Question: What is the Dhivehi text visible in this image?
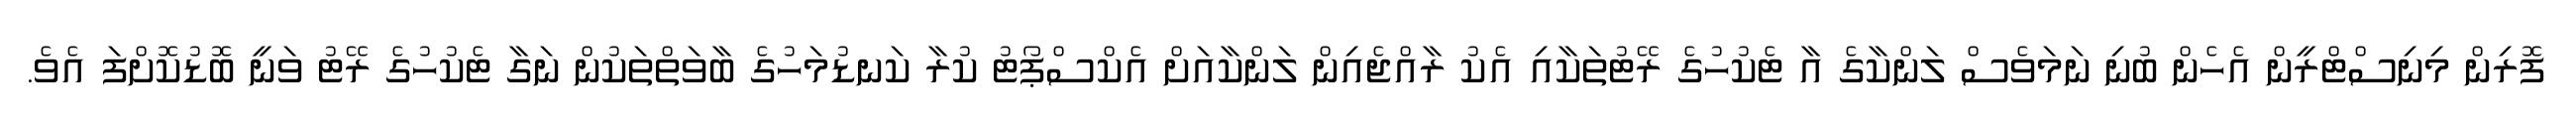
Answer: ފޮރިން މިނިސްޓްރީން އެހެން ބުނި ނަމަވެސް ލަންކާގެ އާ ޓެކުހުގެ ރޭޓުތަކާއި އެކު ރާއްޖެއިން ލަންކާއަށް އެކްސްޕޯޓު ކުރާ ކަނޑުމަހުގެ ބާވަތްތަކުން ނަގާ ޓެކުހުގެ ރޭޓު ވަނީ ބޮޑުކޮށްފަ އެވެ.